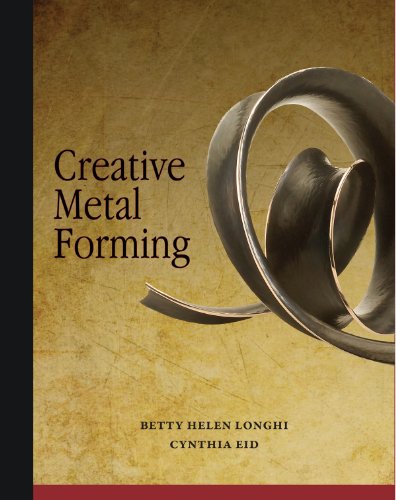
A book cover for Creative Metal Forming; Betty Helen Longhi; Crafts, Hobbies & Home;